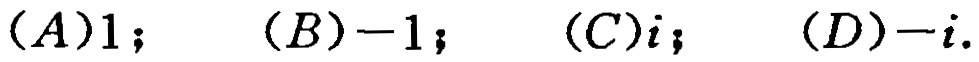
$(A)1;\quad (B)-1;\quad (C)i;\quad (D)-i.$